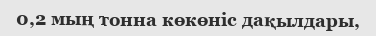
0,2 мың тонна көкөніс дақылдары,